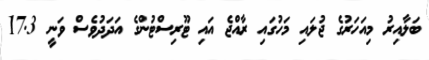
ބަލާއިރު މިއަހަރުގެ ޖުލައި މަހުގައި ރާއްޖެ އައި ޓޫރިސްޓުންގެ އަދަދުވެސް ވަނީ 17.3